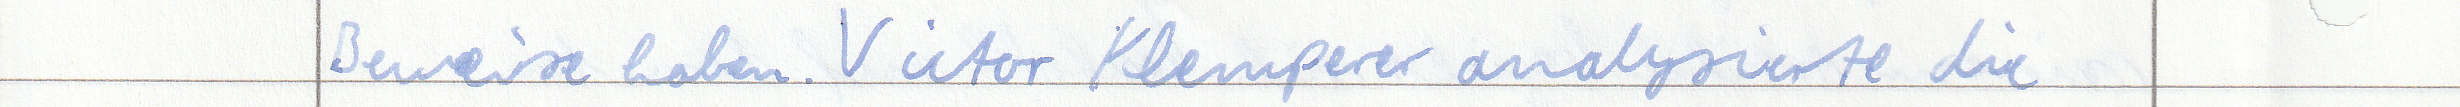
Beweise haben. Victor Klemperer analysierte die